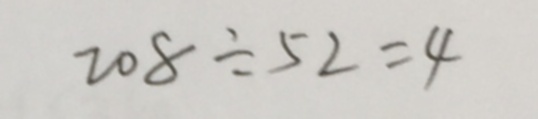
2 0 8 \div 5 2 = 4